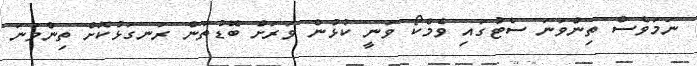
ނަމަވެސް ތިންވަނަ ސެޓުގައި ވެމްކޯ ވަނީ ކުޅުން ވަރަށް ބޮޑުތަން ރަނގަޅުކޮށް ތިންވަނަ